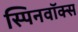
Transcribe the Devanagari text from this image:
स्पिनवॉक्स